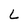
Character: L